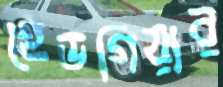
হেডগিয়ার